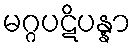
မဂ္ဂပဋိပန္နာ